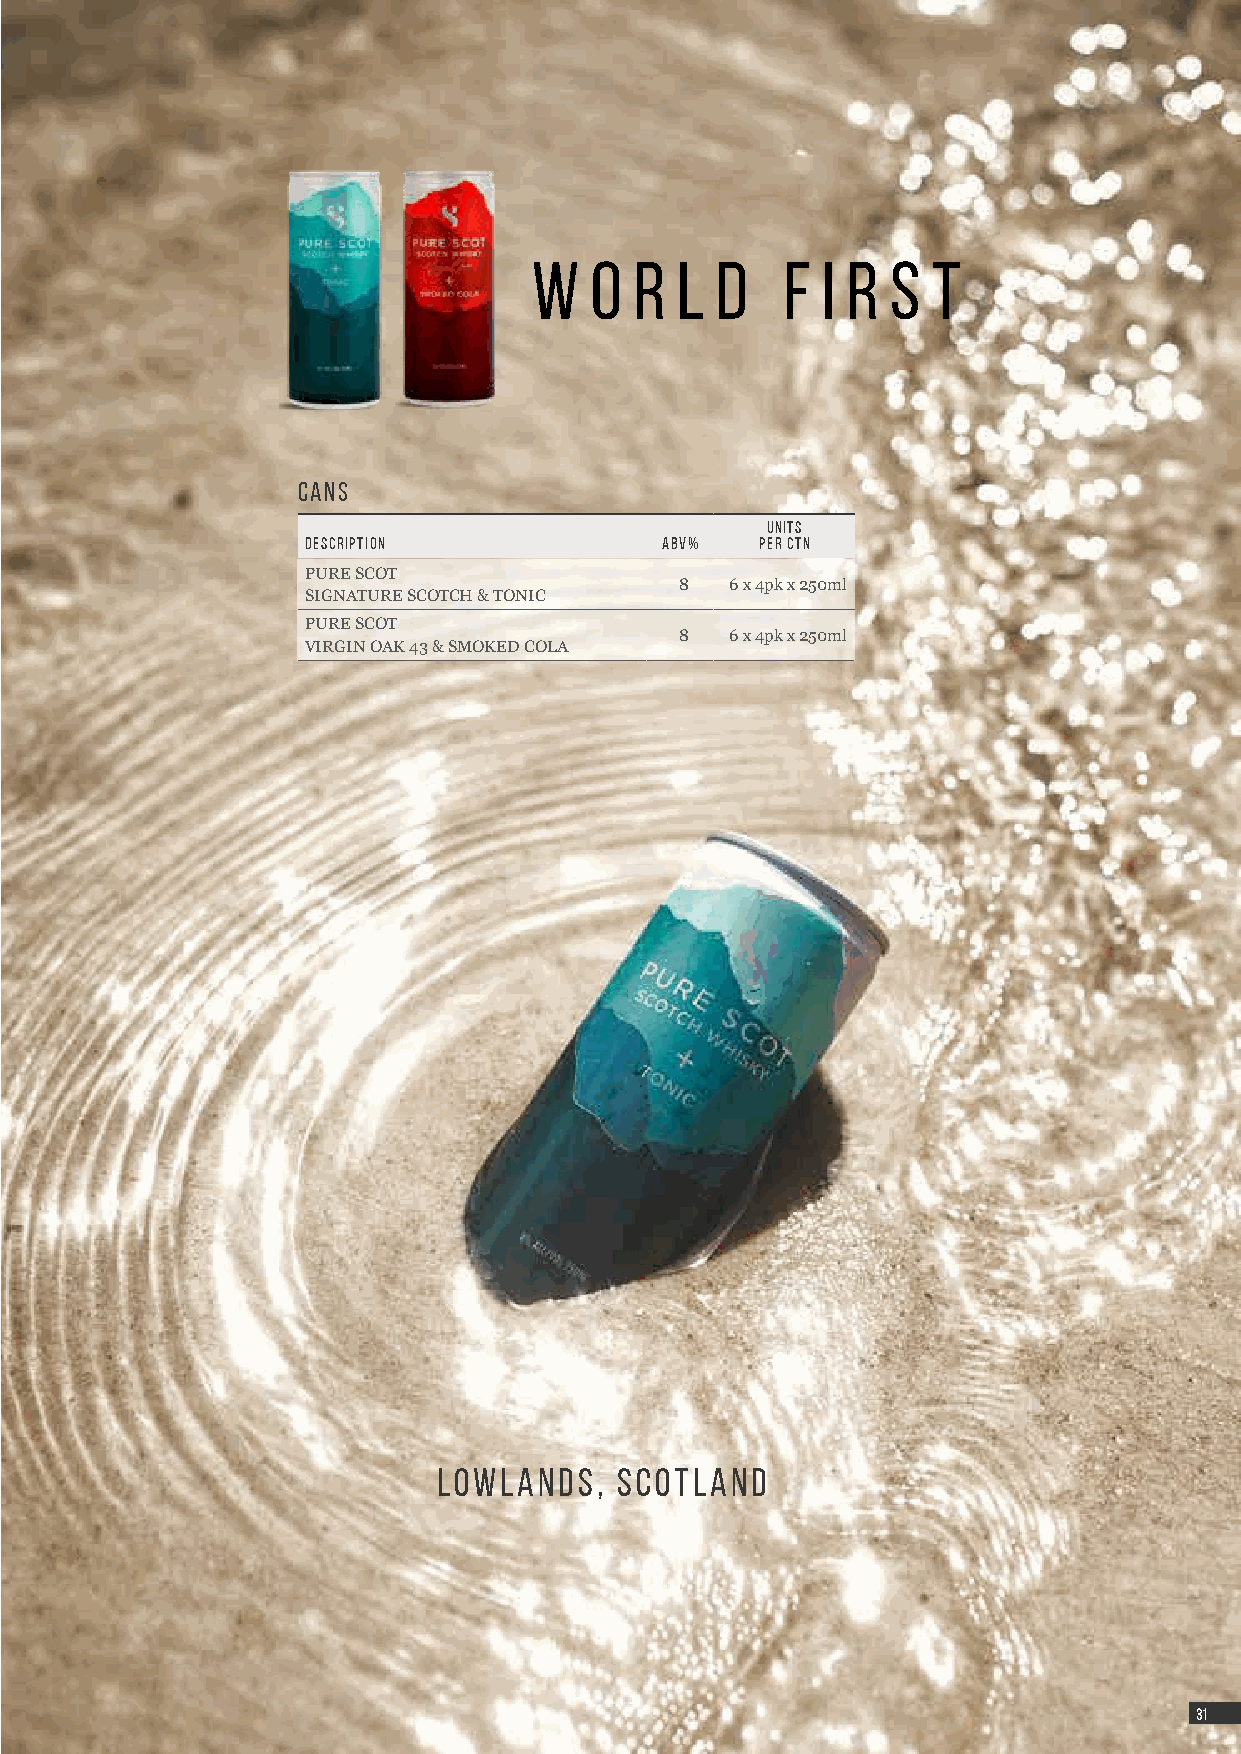
W   O  R  L D    F I R  S  T
 CANS
 UNITS
 DESCRIPTION             ABV%  PER CTN
 PURE SCOT
 8  6 x 4pk x 250ml
 SIGNATURE SCOTCH & TONIC
 PURE SCOT
 8  6 x 4pk x 250ml
 VIRGIN OAK 43 & SMOKED COLA
 LOWLANDS,   SCOTLAND
 3311